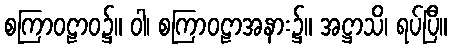
စကြာဝဠာဝ၌။ ဝါ၊ စကြာဝဠာအနား၌။ အဋ္ဌာသိ၊ ရပ်ပြီ။